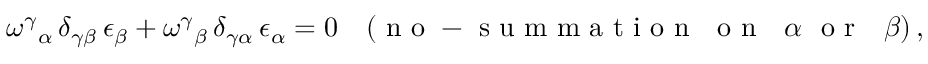
\omega ^ { \gamma } { } _ { \alpha } \, \delta _ { \gamma \beta } \, \epsilon _ { \beta } + \omega ^ { \gamma } { } _ { \beta } \, \delta _ { \gamma \alpha } \, \epsilon _ { \alpha } = 0 \quad ( \mathrm { ~ n ~ o ~ - ~ s ~ u ~ m ~ m ~ a ~ t ~ i ~ o ~ n ~ ~ ~ o ~ n ~ ~ ~ } \alpha ~ \mathrm { ~ o ~ r ~ ~ ~ } \beta ) \, ,